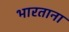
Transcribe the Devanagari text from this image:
भारताना